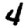
Digit: 4